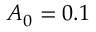
A _ { 0 } = 0 . 1